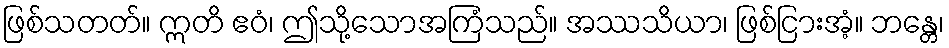
ဖြစ်သတတ်။ ဣတိ ဧဝံ၊ ဤသို့သောအကြံသည်။ အဿသိယာ၊ ဖြစ်ငြားအံ့။ ဘန္တေ၊